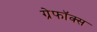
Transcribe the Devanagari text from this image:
ग्रेफॉक्स